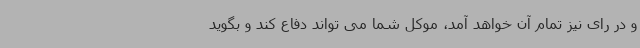
و در رای نیز تمام آن خواهد آمد، موکل شما می تواند دفاع کند و بگوید